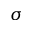
\boldsymbol { \sigma }